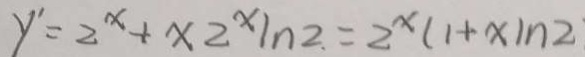
y ^ { \prime } = 2 ^ { x } + x 2 ^ { x } \ln 2 . = 2 ^ { x } ( 1 + x ) n 2